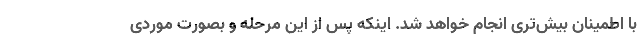
با اطمینان بیش‌تری انجام خواهد شد. اینکه پس از این مرحله و بصورت موردی